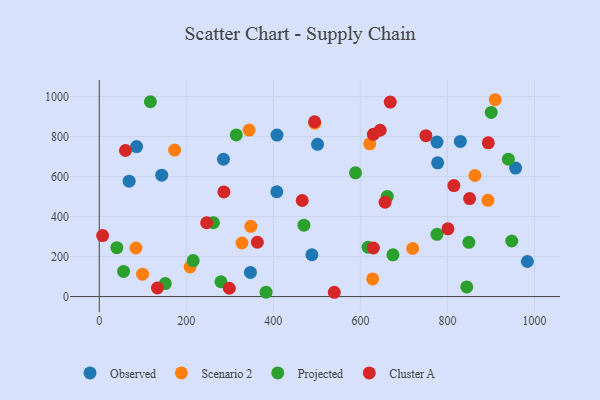
{"axis": {"x": "Distance", "y": "Salary"}, "legend": ["Cluster A", "Observed", "Projected", "Scenario 2"], "data": [{"x": "488.5", "y": 209.0, "type": "Observed"}, {"x": "143.5", "y": 607.0, "type": "Observed"}, {"x": "68.6", "y": 576.8, "type": "Observed"}, {"x": "983.6", "y": 175.3, "type": "Observed"}, {"x": "501.5", "y": 760.9, "type": "Observed"}, {"x": "407.9", "y": 524.1, "type": "Observed"}, {"x": "85.7", "y": 749.7, "type": "Observed"}, {"x": "347.3", "y": 120.9, "type": "Observed"}, {"x": "956.6", "y": 642.2, "type": "Observed"}, {"x": "777.4", "y": 668.7, "type": "Observed"}, {"x": "829.6", "y": 775.6, "type": "Observed"}, {"x": "408.4", "y": 807.2, "type": "Observed"}, {"x": "775.9", "y": 772.3, "type": "Observed"}, {"x": "285.3", "y": 686.4, "type": "Observed"}, {"x": "720.0", "y": 240.3, "type": "Scenario 2"}, {"x": "208.8", "y": 147.9, "type": "Scenario 2"}, {"x": "173.1", "y": 732.6, "type": "Scenario 2"}, {"x": "348.3", "y": 351.3, "type": "Scenario 2"}, {"x": "893.0", "y": 481.2, "type": "Scenario 2"}, {"x": "863.1", "y": 605.4, "type": "Scenario 2"}, {"x": "495.2", "y": 866.4, "type": "Scenario 2"}, {"x": "628.1", "y": 88.1, "type": "Scenario 2"}, {"x": "327.9", "y": 267.8, "type": "Scenario 2"}, {"x": "344.3", "y": 832.3, "type": "Scenario 2"}, {"x": "99.5", "y": 112.2, "type": "Scenario 2"}, {"x": "909.8", "y": 984.1, "type": "Scenario 2"}, {"x": "84.3", "y": 242.9, "type": "Scenario 2"}, {"x": "621.5", "y": 763.6, "type": "Scenario 2"}, {"x": "939.9", "y": 687.1, "type": "Projected"}, {"x": "470.2", "y": 357.0, "type": "Projected"}, {"x": "844.3", "y": 48.2, "type": "Projected"}, {"x": "674.7", "y": 208.7, "type": "Projected"}, {"x": "117.4", "y": 974.1, "type": "Projected"}, {"x": "40.4", "y": 244.3, "type": "Projected"}, {"x": "279.6", "y": 74.2, "type": "Projected"}, {"x": "900.5", "y": 920.7, "type": "Projected"}, {"x": "775.8", "y": 311.1, "type": "Projected"}, {"x": "383.2", "y": 22.0, "type": "Projected"}, {"x": "849.2", "y": 271.0, "type": "Projected"}, {"x": "314.8", "y": 808.1, "type": "Projected"}, {"x": "55.8", "y": 125.7, "type": "Projected"}, {"x": "947.7", "y": 277.8, "type": "Projected"}, {"x": "262.3", "y": 369.4, "type": "Projected"}, {"x": "661.7", "y": 500.5, "type": "Projected"}, {"x": "151.7", "y": 65.2, "type": "Projected"}, {"x": "215.7", "y": 180.0, "type": "Projected"}, {"x": "588.7", "y": 618.5, "type": "Projected"}, {"x": "617.6", "y": 246.9, "type": "Projected"}, {"x": "246.7", "y": 369.1, "type": "Cluster A"}, {"x": "645.3", "y": 831.6, "type": "Cluster A"}, {"x": "801.1", "y": 338.8, "type": "Cluster A"}, {"x": "133.6", "y": 43.4, "type": "Cluster A"}, {"x": "7.7", "y": 304.8, "type": "Cluster A"}, {"x": "494.7", "y": 873.9, "type": "Cluster A"}, {"x": "629.7", "y": 811.1, "type": "Cluster A"}, {"x": "298.8", "y": 41.6, "type": "Cluster A"}, {"x": "540.0", "y": 21.5, "type": "Cluster A"}, {"x": "850.9", "y": 489.8, "type": "Cluster A"}, {"x": "814.7", "y": 554.7, "type": "Cluster A"}, {"x": "893.8", "y": 768.5, "type": "Cluster A"}, {"x": "363.2", "y": 271.5, "type": "Cluster A"}, {"x": "750.5", "y": 804.4, "type": "Cluster A"}, {"x": "286.3", "y": 523.0, "type": "Cluster A"}, {"x": "668.5", "y": 972.3, "type": "Cluster A"}, {"x": "629.8", "y": 242.8, "type": "Cluster A"}, {"x": "60.2", "y": 730.2, "type": "Cluster A"}, {"x": "656.7", "y": 472.0, "type": "Cluster A"}, {"x": "466.3", "y": 480.4, "type": "Cluster A"}]}